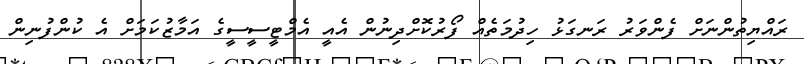
ރައްޔިތުންނަށް ފެންވަރު ރަނގަޅު ހިދުމަތެއް ފޯރުކޮށްދިނުން އެއީ އެމްޓީސީސީގެ އަމާޒުކަމަށް އެ ކުންފުނިން